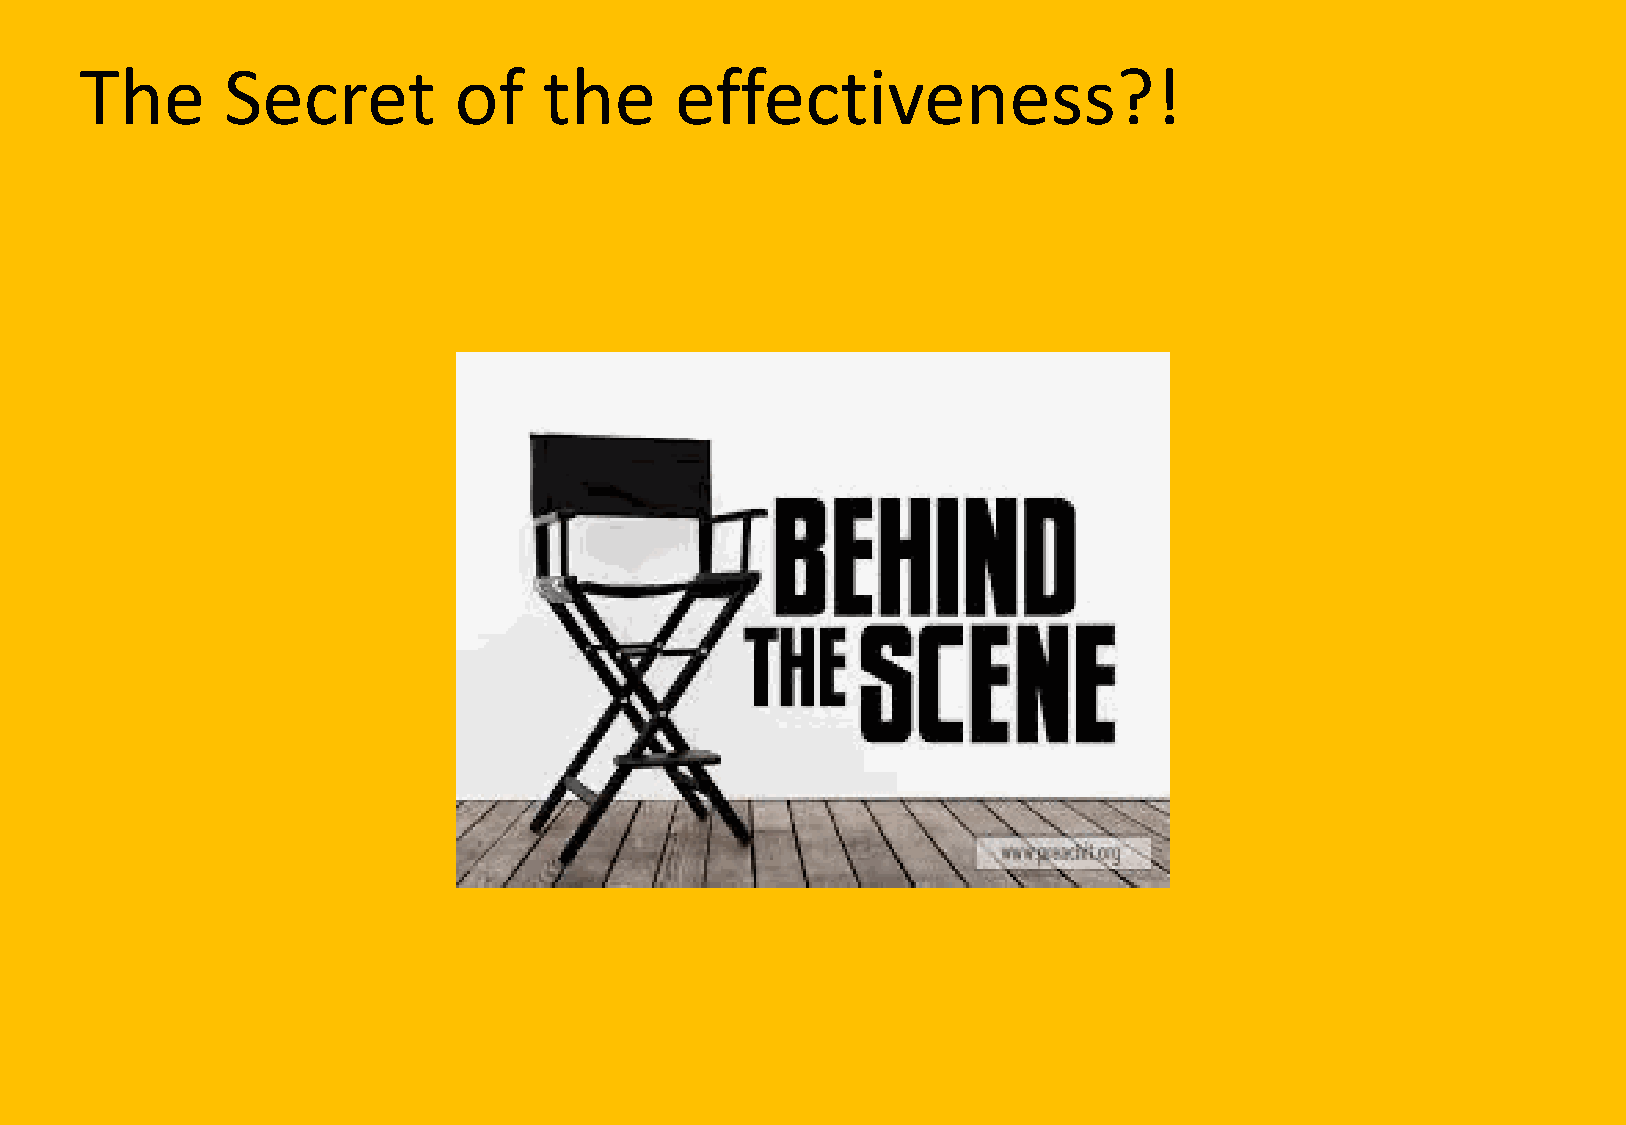
The       Secret         of    the      effectiveness?!